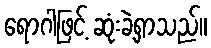
ရောဂါဖြင့် ဆုံးခဲ့ရှာသည်။